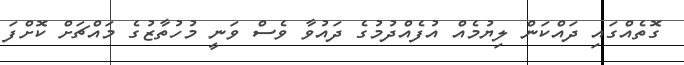
ގޮތެއްގައި ދައްކަން ލިޔުމެއް އުފެއްދުމުގެ ދައުވާ ވެސް ވަނީ މުހުތާޒުގެ މައްޗަށް ކޮށްފަ